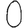
Digit: 0